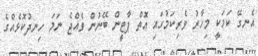
އެނގޭ ކަމަކީ މިހާރު ވެރިކަމުގައި އޮތް ޕާޓީން ބޭނުން ވެއްޖެ ނަމަ ހިނދުކޮޅެއްގެ